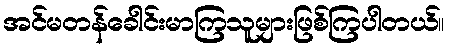
အင်မတန်ခေါင်းမာကြသူများဖြစ်ကြပါတယ်။